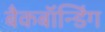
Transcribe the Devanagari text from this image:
बैकबॉंन्डिंग